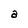
Character: a